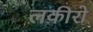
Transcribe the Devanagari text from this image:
लकीरो